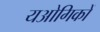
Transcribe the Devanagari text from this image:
यओगिकों